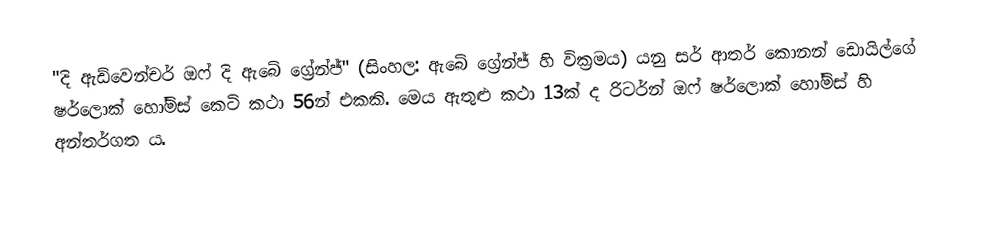
"දි ඇඩ්වෙන්චර් ඔෆ් දි ඇබේ ග්‍රේන්ජ්" (සිංහල: ඇබේ ග්‍රේන්ජ් හි වික්‍රමය) ‍යනු සර් ආතර් කොනන් ඩොයිල්ගේ ෂර්ලොක් හෝම්ස් කෙටි කථා 56න් එකකි. මෙය ඇතුළු කථා 13ක් ද රිටර්න් ඔෆ් ෂර්ලොක් හෝම්ස් හි අන්තර්ගත ය.